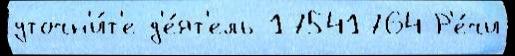
уточн'и́т'е д'е́ят'ель 17541764 Р'е́чи